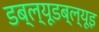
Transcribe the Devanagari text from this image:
डब्ल्यूडब्ल्यूइ